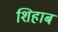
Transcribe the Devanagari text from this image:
शिहाब